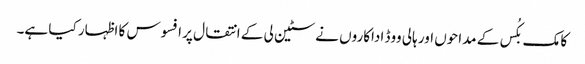
کامک بکُس کے مداحوں اور ہالی ووڈ اداکاروں نے سٹین لی کے انتقال پر افسوس کا اظہار کیا ہے۔